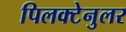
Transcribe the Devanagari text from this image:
पिलक्टेनुलर